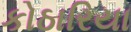
કોઠારિયા